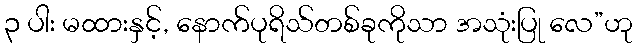
၃ ပါး မထားနှင့်, နောက်ပုရိသ်တစ်ခုကိုသာ အသုံးပြု လေ”ဟု